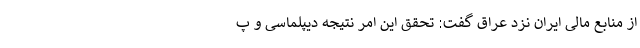
از منابع مالی ایران نزد عراق گفت: تحقق این امر نتیجه دیپلماسی و پ